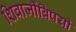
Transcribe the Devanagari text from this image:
शिवाजींविषयी